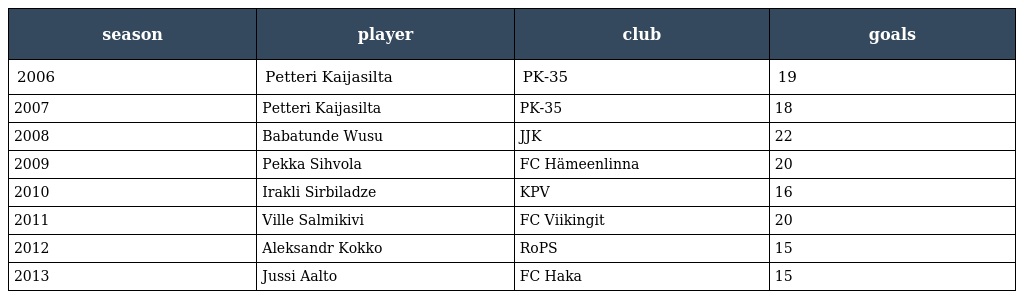
| season | player | club | goals |
 | --- | --- | --- | --- |
 | 2006 | Petteri Kaijasilta | PK-35 | 19 |
 | 2007 | Petteri Kaijasilta | PK-35 | 18 |
 | 2008 | Babatunde Wusu | JJK | 22 |
 | 2009 | Pekka Sihvola | FC Hämeenlinna | 20 |
 | 2010 | Irakli Sirbiladze | KPV | 16 |
 | 2011 | Ville Salmikivi | FC Viikingit | 20 |
 | 2012 | Aleksandr Kokko | RoPS | 15 |
 | 2013 | Jussi Aalto | FC Haka | 15 |